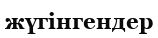
жүгінгендер